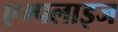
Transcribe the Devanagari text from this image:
एम्पलाइज